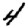
Digit: 4